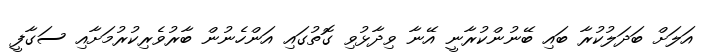
އަލަށް ބަދަލުކުރާ ބައި ބޭނުންކުރާނީ އޭނާ ވިދާޅުވި ގޮތުގައި އަންހެނުން ބާރުވެރިކުރުމަށާއި ސަގާފީ